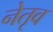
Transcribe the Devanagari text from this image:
नेतृव